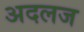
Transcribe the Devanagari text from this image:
अदलज